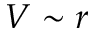
V \sim r